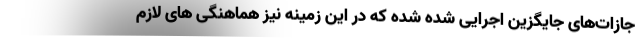
جازات‌های جایگزین اجرایی شده شده که در این زمینه نیز هماهنگی های لازم